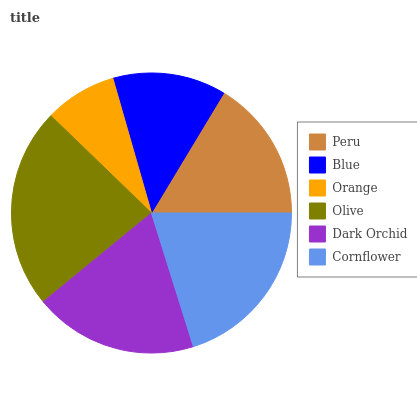
| Peru | Blue | Orange | Olive | Dark Orchid | Cornflower |
 | --- | --- | --- | --- | --- | --- |
 | 16.4% | 13% | 8.32% | 23.2% | 18.9% | 20.2% |